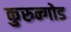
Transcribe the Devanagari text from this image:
कुरुन्गोड